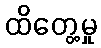
ထိတွေ့မှု